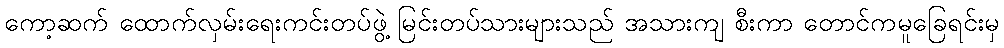
ကော့ဆက် ထောက်လှမ်းရေးကင်းတပ်ဖွဲ့ မြင်းတပ်သားများသည် အသားကျ စီးကာ တောင်ကမူခြေရင်းမှ